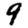
Digit: 9